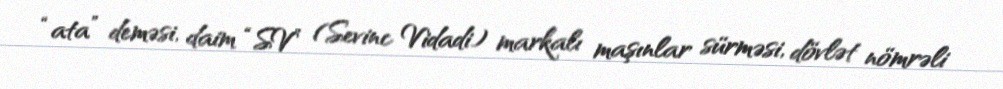
“ata” deməsi, daim “SV” (Sevinc Vidadi) markalı maşınlar sürməsi, dövlət nömrəli